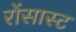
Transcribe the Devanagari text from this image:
रोंसास्ट